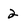
Character: 2